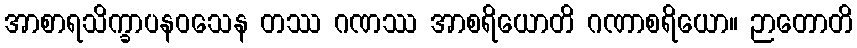
အာစာရသိက္ခာပနဝသေန တဿ ဂဏဿ အာစရိယောတိ ဂဏာစရိယော။ ဉာတောတိ